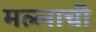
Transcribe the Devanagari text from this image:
मल्लाची